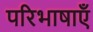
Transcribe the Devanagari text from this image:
परिभाषाऍं